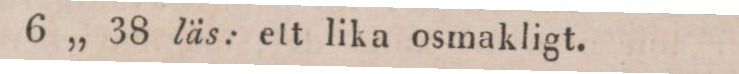
„ „ „ 6 „ 38 läs: ett lika osmakligt.